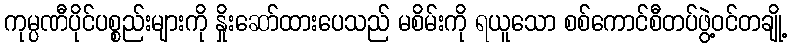
ကုမ္ပဏီပိုင်ပစ္စည်းများကို နှိုးဆော်ထားပေသည် မစိမ်းကို ရယူသော စစ်ကောင်စီတပ်ဖွဲ့ဝင်တချို့